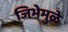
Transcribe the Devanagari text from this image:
जिभेमुळे